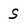
Character: S